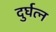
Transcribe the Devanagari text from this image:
दुर्घत्न